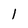
Character: 1